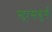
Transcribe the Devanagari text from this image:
स्ट्रासबुर्ग